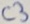
Text: C3